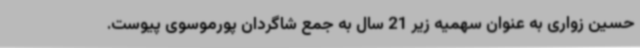
حسین زواری به عنوان سهمیه زیر 21 سال به جمع شاگردان پورموسوی پیوست.